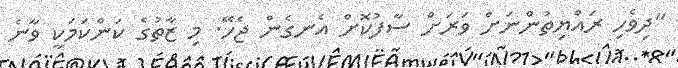
"ދިވެހި ރައްޔިތުންނަށް ވަރަށް ސާފުކޮށް އެނގެން ޖެހޭ. މި ޒާތުގެ ކަންކަމަކީ ވާނެ